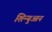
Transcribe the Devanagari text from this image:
शिन्युआन